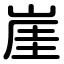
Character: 崖